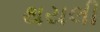
થયલી